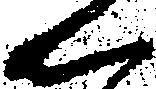
ん